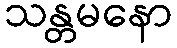
သန္တမနော